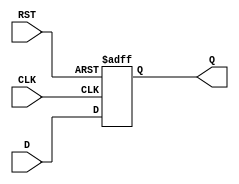
module IntermediateRegister #(
    parameter WIDTH = 8 // Parameter to define the width of the register
)(
    input wire [WIDTH-1:0] D,   // Data input
    input wire CLK,              // Clock signal
    input wire RST,              // Reset signal
    output reg [WIDTH-1:0] Q     // Data output
);

    // Always block to capture data on clock edge and handle reset
    always @(posedge CLK or posedge RST) begin
        if (RST) begin
            Q <= {WIDTH{1'b0}}; // Clear the register to zero
        end else begin
            Q <= D; // Capture the input data on clock edge
        end
    end

endmodule